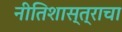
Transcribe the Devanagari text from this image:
नीतिशास्त्राचा